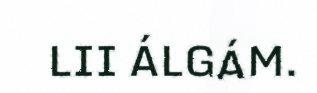
LII ÁLGÁM.